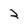
Character: 2